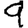
Digit: 9